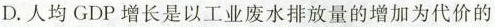
D. 人均 GDP 增长是以工业废水排放量的增加为代价的